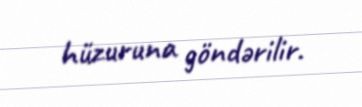
hüzuruna göndərilir.